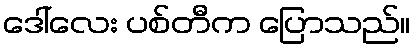
ဒေါ်လေး ပစ်တီက ပြောသည်။